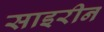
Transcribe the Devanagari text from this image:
साइरीन